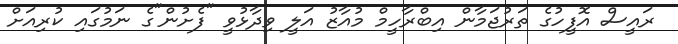
ރައީސް އޮފީހުގެ ތަރުޖަމާން އިބްރާހީމް މުއާޒު އަލީ ވިދާޅުވީ "ފެށުން"ގެ ނަމުގައި ކުރިއަށް